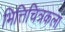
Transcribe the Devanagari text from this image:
भित्तिचित्रकला